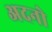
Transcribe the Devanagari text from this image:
अदनो